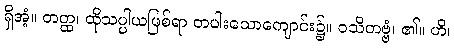
ရှိအံ့။ တတ္ထ၊ ထိုသပ္ပါယဖြစ်ရာ တပါးသောကျောင်း၌။ ဝသိတဗ္ဗံ၊ ၏။ ဟိ၊